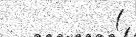
(